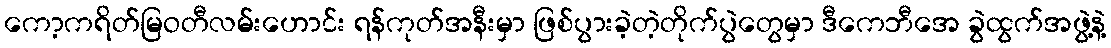
ကော့ကရိတ်မြဝတီလမ်းဟောင်း ရန်ကုတ်အနီးမှာ ဖြစ်ပွားခဲ့တဲ့တိုက်ပွဲတွေမှာ ဒီကေဘီအေ ခွဲထွက်အဖွဲ့နဲ့